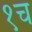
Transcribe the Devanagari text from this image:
१च